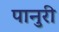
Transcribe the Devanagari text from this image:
पानुरी